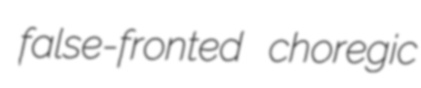
false-fronted choregic